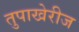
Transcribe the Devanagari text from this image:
तुपाखेरीज